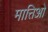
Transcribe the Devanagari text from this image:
मात्तिओ